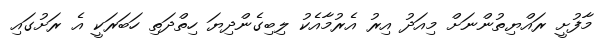
މާފުށީ ރައްޔިތުންނަށް މިއަދު އިރު އެރުމާއެކު ލިބިގެންދިޔަ ހިތްދަތި ހަބަރަކީ އެ ރަށުގައި